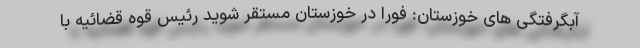
آبگرفتگی های خوزستان: فورا در خوزستان مستقر شوید رئیس قوه قضائیه با